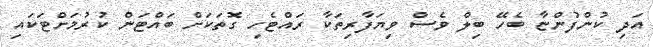
އަދި ކުންފުންޏާ ބެހޭ ބިލް ވެސް ވިޔަފާރިތަކާ ރައްޓެހި ގޮތަކަށް ބައްޓަން ކުރުމަށްޓަކައި